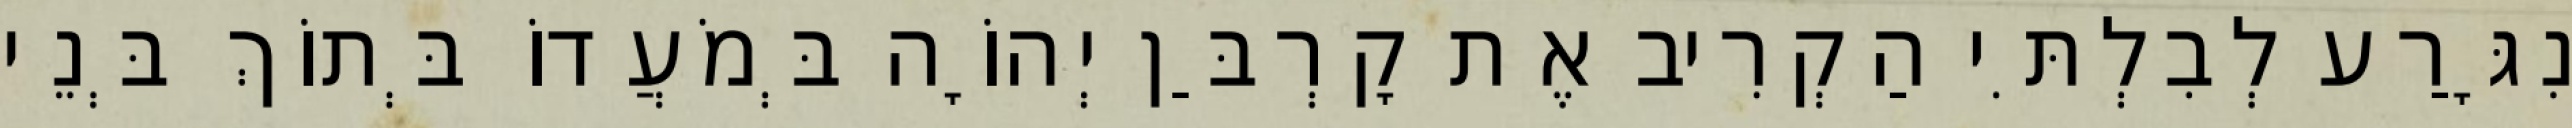
נִגָּרַע לְבִלְתִּי הַקְרִיב אֶת קָרְבַּן יְהוָֹה בְּמֹעֲדוֹ בְּתוֹךְ בְּנֵי